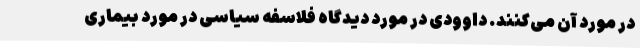
در مورد آن می‌کنند. داوودی در مورد دیدگاه فلاسفه سیاسی در مورد بیماری